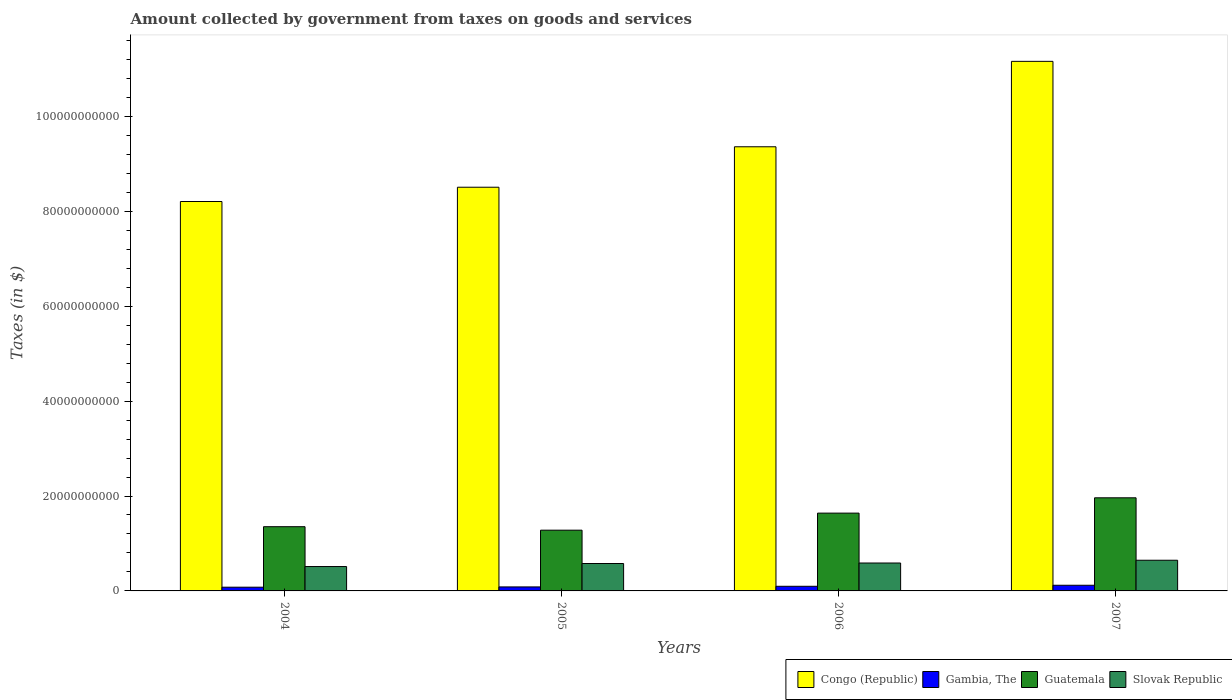
| Years | Congo (Republic) | Gambia, The | Guatemala | Slovak Republic |
 | --- | --- | --- | --- | --- |
 | 2004 | 8.21e+10 | 7.87e+08 | 1.35e+10 | 5.14e+09 |
 | 2005 | 8.51e+10 | 8.43e+08 | 1.28e+10 | 5.78e+09 |
 | 2006 | 9.36e+10 | 9.76e+08 | 1.64e+10 | 5.88e+09 |
 | 2007 | 1.12e+11 | 1.19e+09 | 1.96e+10 | 6.47e+09 |